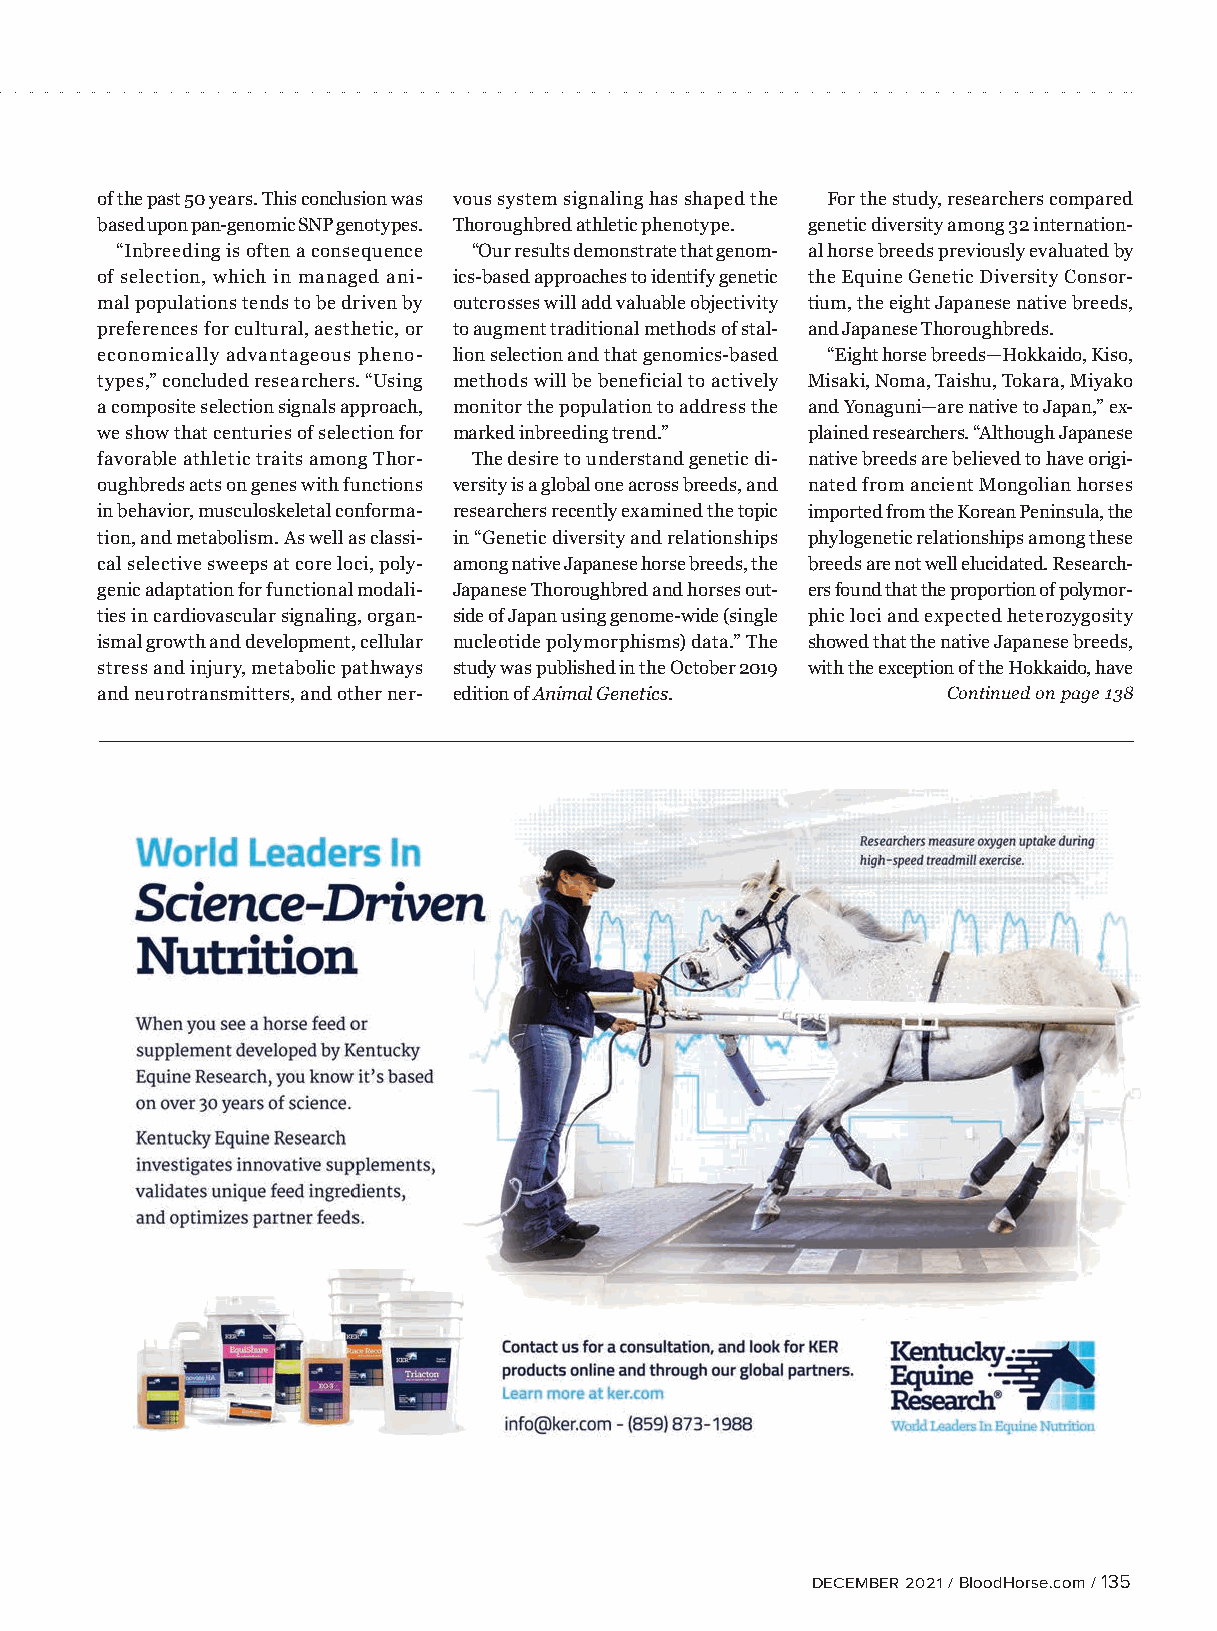
of the past 50 years. This conclusion was vous system signaling has shaped the For the study, researchers compared
 based upon pan-genomic SNP genotypes. Thoroughbred athletic phenotype. genetic diversity among 32 internation-
 “Inbreeding is often a consequence “Our results demonstrate that genom- al horse breeds previously evaluated by
 of selection, which in managed ani- ics-based approaches to identify genetic the Equine Genetic Diversity Consor-
 mal populations tends to be driven by outcrosses will add valuable objectivity tium, the eight Japanese native breeds,
 preferences for cultural, aesthetic, or to augment traditional methods of stal- and Japanese Thoroughbreds.
 economically advantageous pheno- lion selection and that genomics-based “Eight horse breeds—Hokkaido, Kiso,
 types,” concluded researchers. “Using methods will be beneficial to actively Misaki, Noma, Taishu, Tokara, Miyako
 a composite selection signals approach, monitor the population to address the and Yonaguni—are native to Japan,” ex-
 we show that centuries of selection for marked inbreeding trend.” plained researchers. “Although Japanese
 favorable athletic traits among Thor- The desire to understand genetic di- native breeds are believed to have origi-
 oughbreds acts on genes with functions versity is a global one across breeds, and nated from ancient Mongolian horses
 in behavior, musculoskeletal conforma- researchers recently examined the topic imported from the Korean Peninsula, the
 tion, and metabolism. As well as classi- in “Genetic diversity and relationships phylogenetic relationships among these
 cal selective sweeps at core loci, poly- among native Japanese horse breeds, the breeds are not well elucidated. Research-
 genic adaptation for functional modali- Japanese Thoroughbred and horses out- ers found that the proportion of polymor-
 ties in cardiovascular signaling, organ- side of Japan using genome-wide (single phic loci and expected heterozygosity
 ismal growth and development, cellular nucleotide polymorphisms) data.” The showed that the native Japanese breeds,
 stress and injury, metabolic pathways study was published in the October 2019 with the exception of the Hokkaido, have
 and neurotransmitters, and other ner- edition of Animal Genetics. Continued on page 138
 DECEMBER 2021 / BloodHorse.com / 135
 BLACKYELLOWMAGENTACYAN        BH22-135.pgs 11.09.2021 10:12  TheBloodHorse